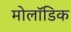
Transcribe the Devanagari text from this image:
मोलॉडिक